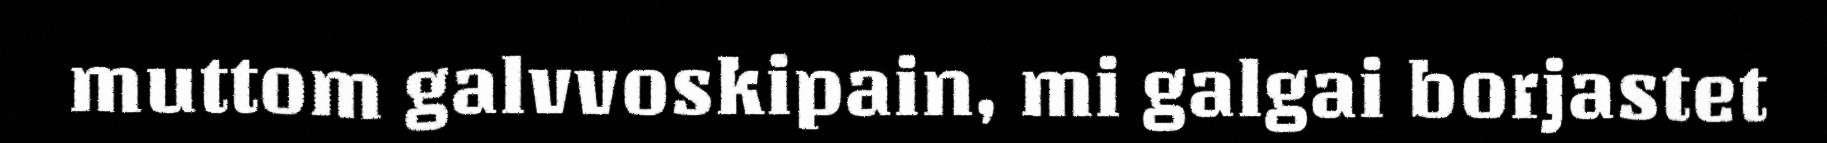
muttom galvvoskipain, mi galgai borjastet